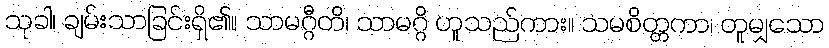
သုခါ၊ ချမ်းသာခြင်းရှိ၏။ သာမဂ္ဂီတိ၊ သာမဂ္ဂိ ဟူသည်ကား။ သမစိတ္တကာ၊ တူမျှသော